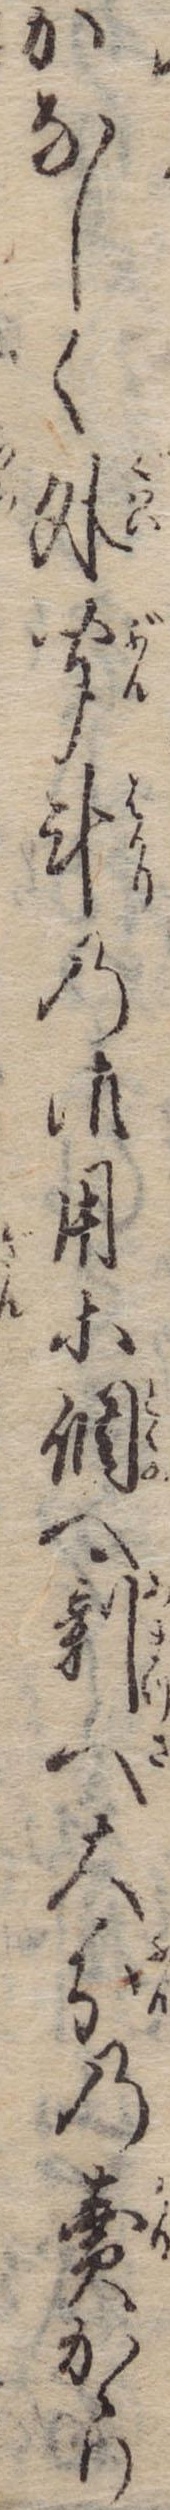
かなしく外聞斗の御用等調へ剰へ大分の売かゝり